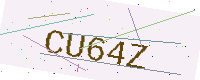
Text: CU64Z